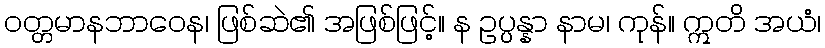
ဝတ္တမာနဘာဝေန၊ ဖြစ်ဆဲ၏ အဖြစ်ဖြင့်။ န ဥပ္ပန္နာ နာမ၊ ကုန်။ ဣတိ အယံ၊